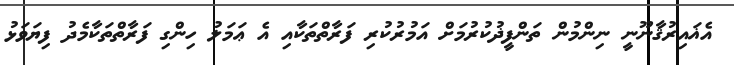
އެޣައިރުޤާނޫނީ ނިންމުން ތަންފީޛުކުރުމަށް އަމުރުކުރި ފަރާތްތަކާއި އެ ޢަމަލު ހިންގި ފަރާތްތަކާމެދު ފިޔަވަޅު